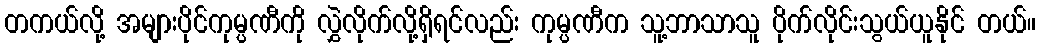
တကယ်လို့ အများပိုင်ကုမ္ပဏီကို လွှဲလိုက်လို့ရှိရင်လည်း ကုမ္ပဏီက သူ့ဘာသာသူ ပိုက်လိုင်းသွယ်ယူနိုင် တယ်။